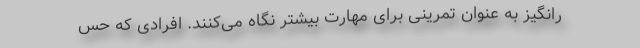
رانگیز به عنوان تمرینی برای مهارت بیشتر نگاه می‌کنند. افرادی که حس